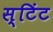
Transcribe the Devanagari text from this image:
स्टिंट